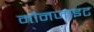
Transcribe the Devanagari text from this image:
मौनजाइट